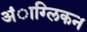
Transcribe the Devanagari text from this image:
अंाग्लिकन